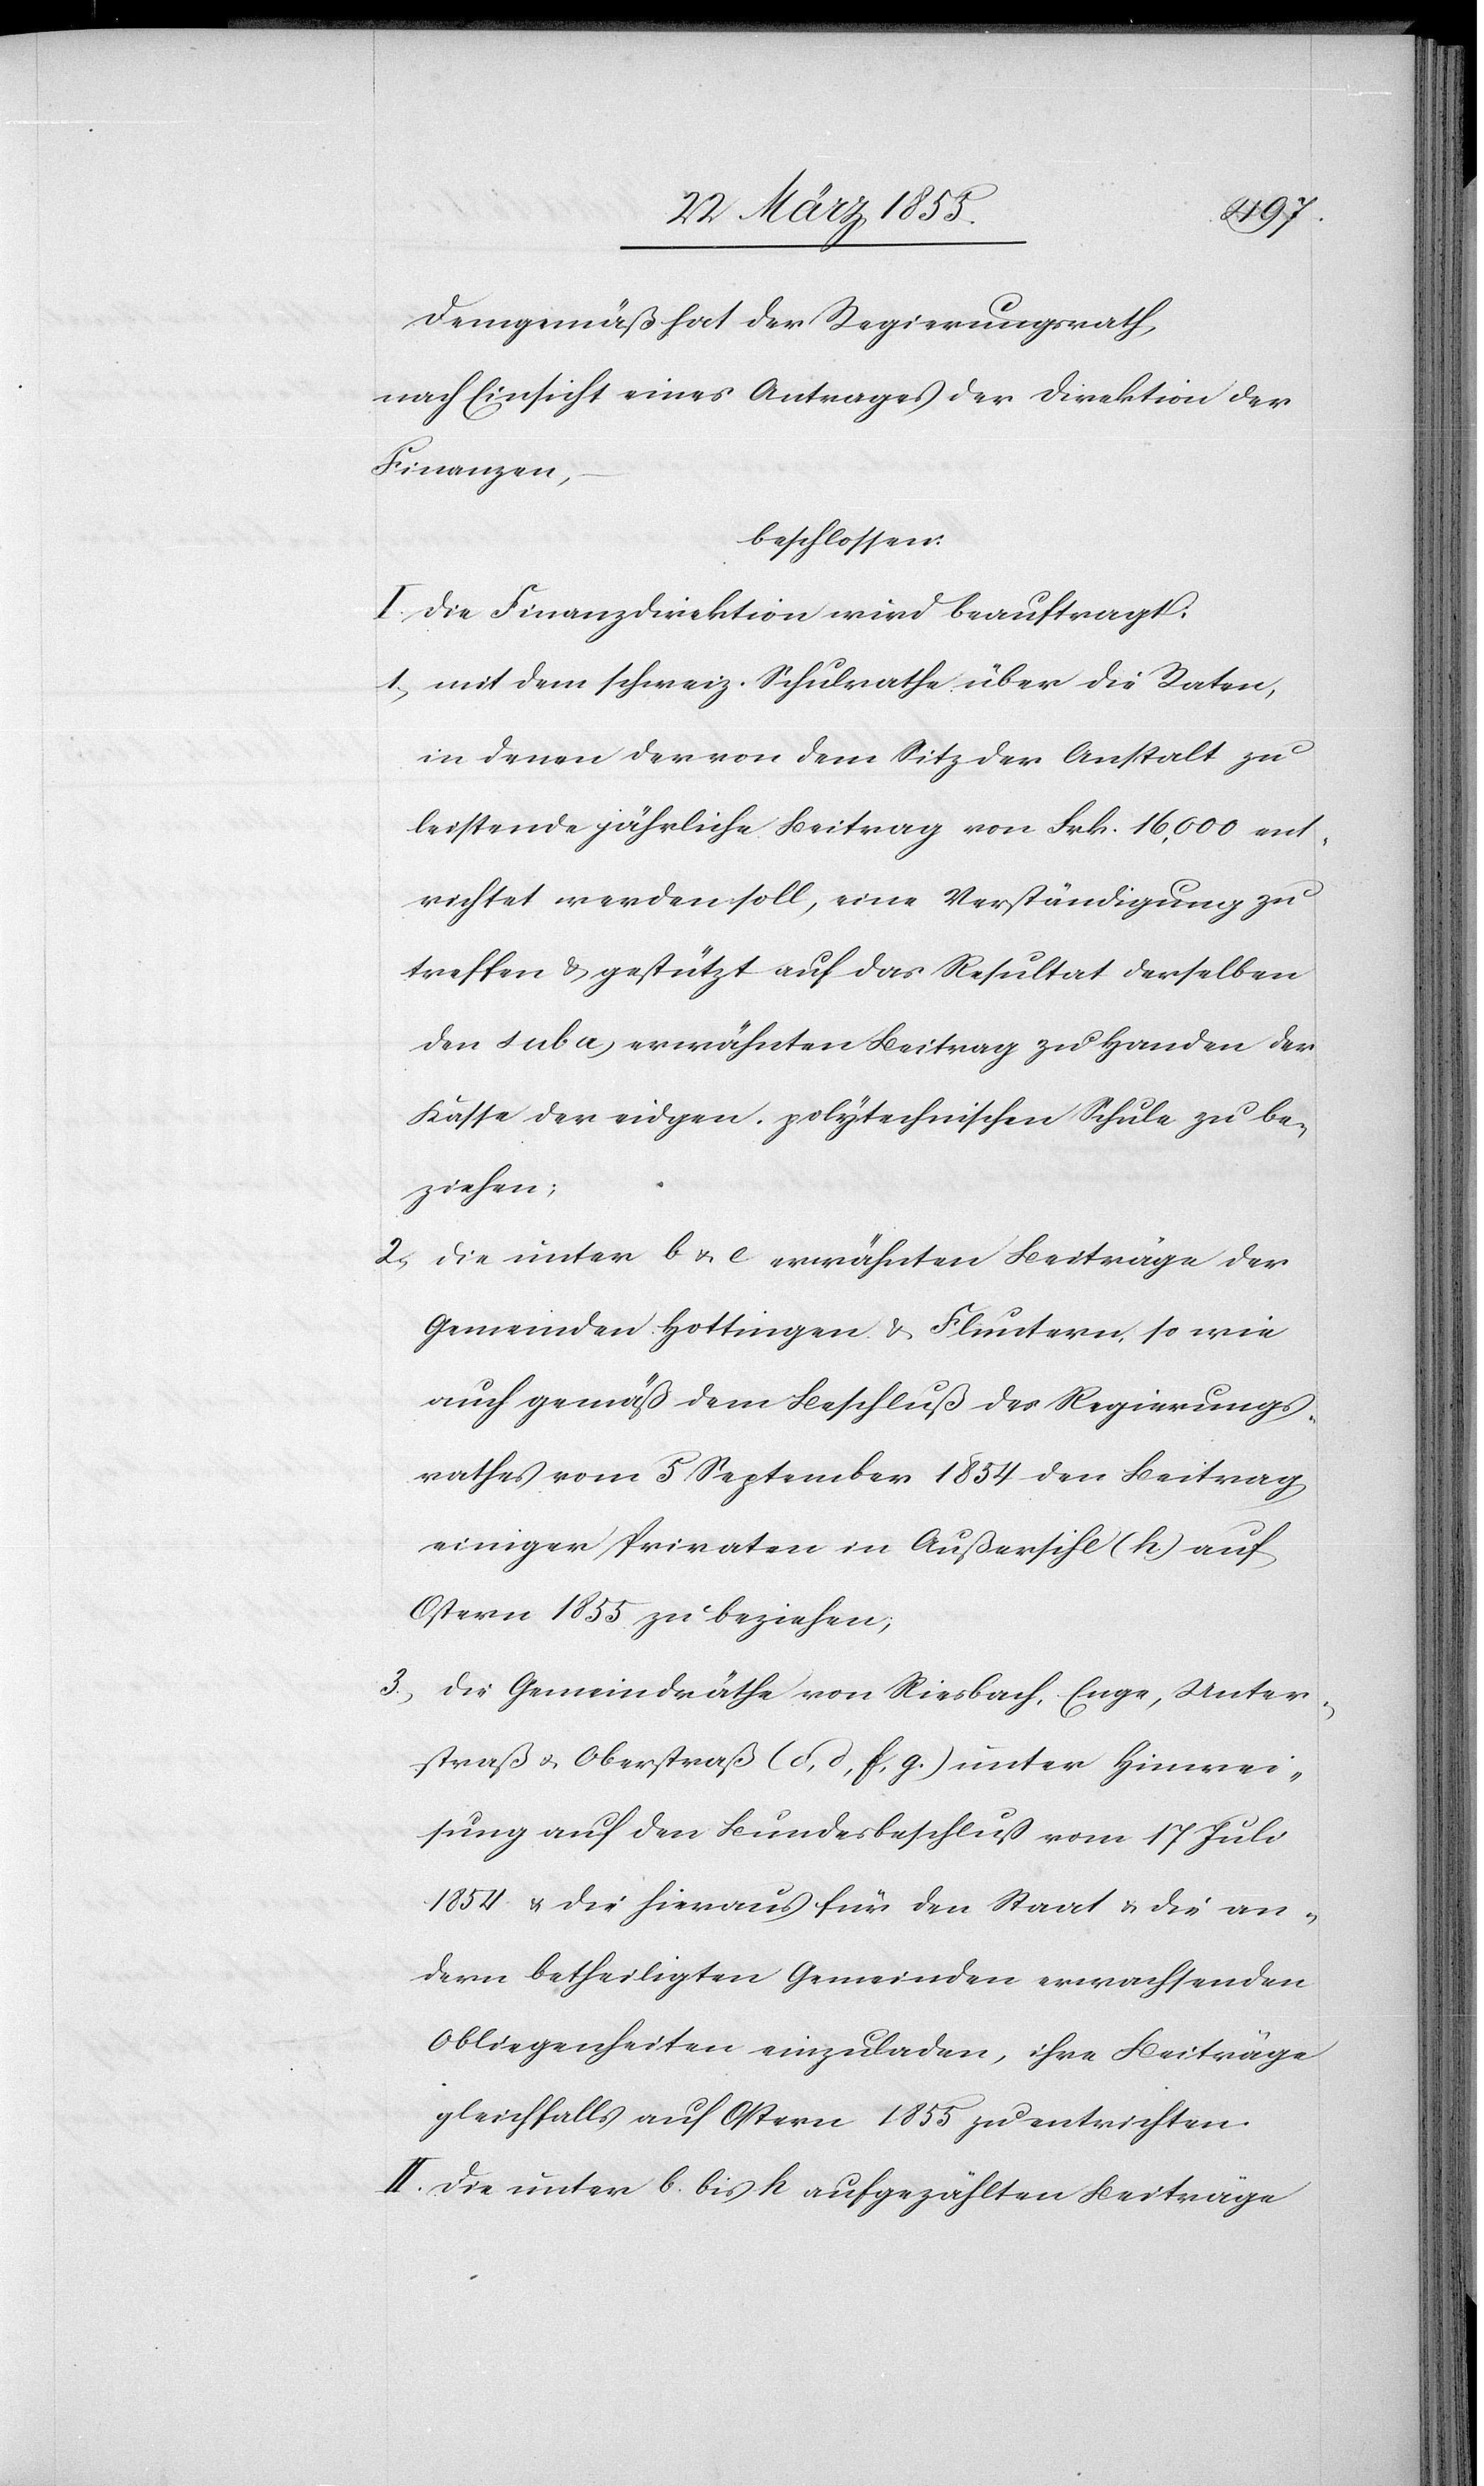
Demgemäß hat der Regierungsrath,
nach Einsicht eines Antrages der Direktion der
Finanzen,
beschlossen:
I. Die Finanzdirektion wird beauftragt:
mit dem schweiz. Schulrathe über die Raten,
in denen der von dem Sitz der Anstalt zu
leistende jährliche Beitrag von Frk. 16,000 ent¬
richtet werden soll, eine Verständigung zu
treffen & gestützt auf das Resultat derselben
den sub a) erwähnten Beitrag zu Handen der
Kasse der eidgen. polytechnischen Schule zu be¬
ziehen;
die unter b & e erwähnten Beiträge der
Gemeinden Hottingen & Fluntern, so wie
auch gemäß dem Beschluß des Regierungs¬
rathes vom 5 September 1854 den Beitrag
einiger Privaten in Außersihl (h.) auf
Ostern 1855 zu beziehen;
die Gemeindräthe von Riesbach, Enge, Unter¬
straß & Oberstraß (c, d, f, g.) unter Hinwei¬
sung auf den Bundesbeschluß vom 17 Juli
1854 & die hieraus für den Staat & die an¬
dern betheiligten Gemeinden erwachsenden
Obliegenheiten einzuladen, ihre Beiträge
gleichfalls auf Ostern 1855 zu entrichten.
II. Die unter b. bis h aufgezählten Beiträge